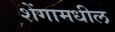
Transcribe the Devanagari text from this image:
शेंगामधील